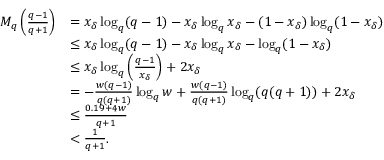
\begin{array} { r l } { M _ { q } \left( \frac { q - 1 } { q + 1 } \right) } & { = x _ { \delta } \log _ { q } ( q - 1 ) - x _ { \delta } \log _ { q } x _ { \delta } - ( 1 - x _ { \delta } ) \log _ { q } ( 1 - x _ { \delta } ) } \\ & { \leq x _ { \delta } \log _ { q } ( q - 1 ) - x _ { \delta } \log _ { q } x _ { \delta } - \log _ { q } ( 1 - x _ { \delta } ) } \\ & { \leq x _ { \delta } \log _ { q } \left( \frac { q - 1 } { x _ { \delta } } \right) + 2 x _ { \delta } } \\ & { = - \frac { w ( q - 1 ) } { q ( q + 1 ) } \log _ { q } { w } + \frac { w ( q - 1 ) } { q ( q + 1 ) } \log _ { q } ( q ( q + 1 ) ) + 2 x _ { \delta } } \\ & { \leq \frac { 0 . 1 9 + 4 w } { q + 1 } } \\ & { < \frac { 1 } { q + 1 } . } \end{array}